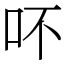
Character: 吥